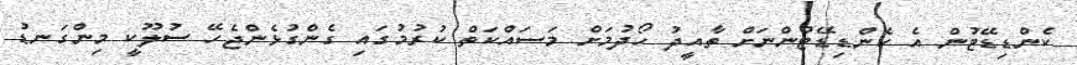
ކެންޑިޑޭޓުން އެ ކެންޑިޑޭޓުންނަށް ތާއީދު ހޯދުމަށް މަސައްކަތް ކުރުމުގައި ގެންގުޅެންޖެހޭ ސުލޫކީ މިންގަނޑު